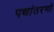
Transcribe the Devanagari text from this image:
पथांतरणों